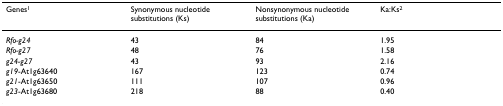
<table><thead><tr><td><b>Genes<sup>1</sup></b></td><td><b>Synonymous nucleotide substitutions (Ks)</b></td><td><b>Nonsynonymous nucleotide substitutions (Ka)</b></td><td><b>Ka:Ks<sup>2</sup></b></td></tr></thead><tbody><tr><td><i>Rfo-g24</i></td><td>43</td><td>84</td><td>1.95</td></tr><tr><td><i>Rfo-g27</i></td><td>48</td><td>76</td><td>1.58</td></tr><tr><td><i>g24-g27</i></td><td>43</td><td>93</td><td>2.16</td></tr><tr><td><i>g19</i>-At1g63640</td><td>167</td><td>123</td><td>0.74</td></tr><tr><td><i>g21</i>-At1g63650</td><td>111</td><td>107</td><td>0.96</td></tr><tr><td><i>g23</i>-At1g63680</td><td>218</td><td>88</td><td>0.40</td></tr></tbody></table>